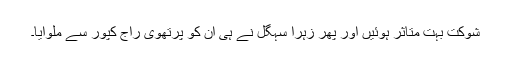
شوکت بہت متاثر ہوئیں اور پھر زہرا سہگل نے ہی ان کو پرتھوی راج کپور سے ملوایا۔